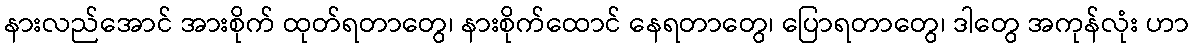
နားလည်အောင် အားစိုက် ထုတ်ရတာတွေ၊ နားစိုက်ထောင် နေရတာတွေ၊ ပြောရတာတွေ၊ ဒါတွေ အကုန်လုံး ဟာ